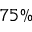
7 5 \%